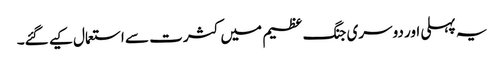
یہ پہلی اور دوسری جنگ عظیم میں کثرت سے استعمال کیے گئے۔